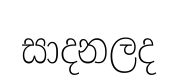
සාදනලද